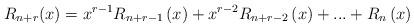
LaTeX: \begin{align*}R_{n+r}(x)=x^{r-1}R_{n+r-1}\left( x\right) +x^{r-2}R_{n+r-2}\left( x\right)+...+R_{n}\left( x\right) \end{align*}